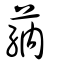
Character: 蒳